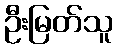
ဦးမြတ်သူ